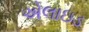
એલાઇડ